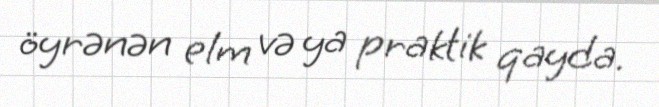
öyrənən elm və ya praktik qayda.